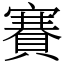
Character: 賽